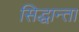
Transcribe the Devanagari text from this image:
सिद्धान्ता